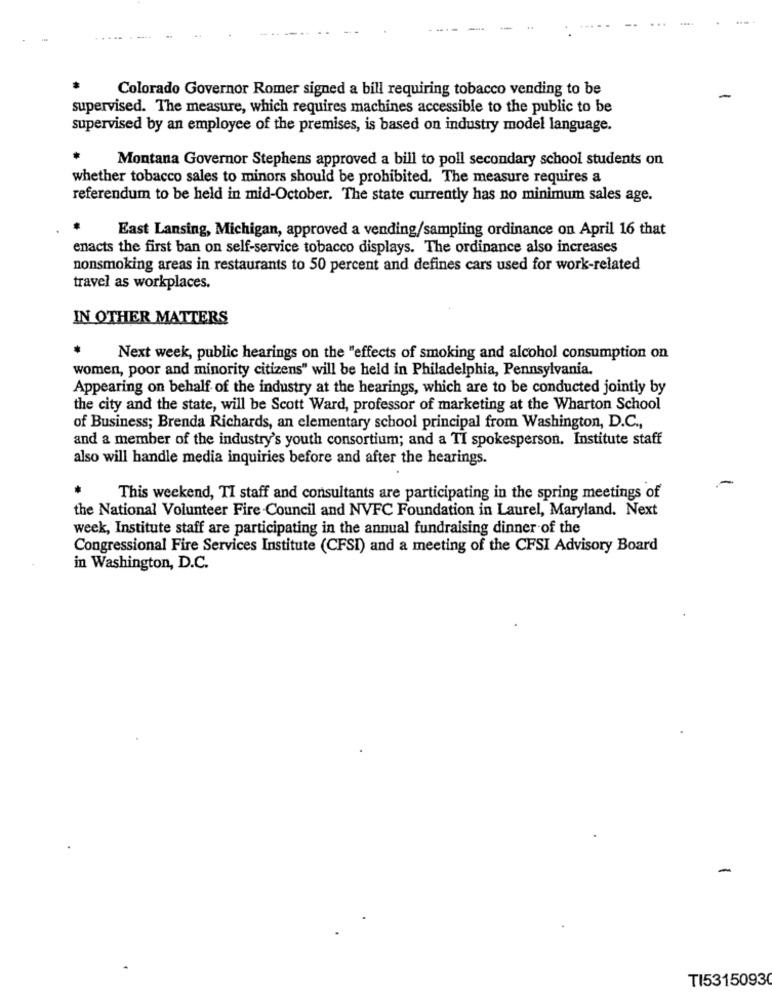
Colorado Governor Romer signed a bill requiring tobacco vending to be
supervised. The measure, which requires machines accessible to the public to be
supervised by an employee of the premises, is based on industry model language.
Montana Governor Stephens approved a bill to poll secondary school students on
whether tobacco sales to minors should be prohibited. The measure requires a
referendum to be held in mid-October. The state currently has no minimum sales age.
East Lansing, Michigan, approved a vending/sampling ordinance on April 16 that
enacts the first ban on self-service tobacco displays. The ordinance also increases
nonsmoking areas in restaurants to 50 percent and defines cars used for work-related
travel as workplaces.
IN OTHER MATTERS
Next week, public hearings on the "effects of smoking and alcohol consumption on
women, poor and minority citizens" will be held in Philadelphia, Pennsylvania.
Appearing on behalf of the industry at the hearings, which are to be conducted jointly by
the city and the state, will be Scott Ward, professor of marketing at the Wharton School
of Business; Brenda Richards, an elementary school principal from Washington, D.C .,
and a member of the industry's youth consortium; and a TI spokesperson. Institute staff
also will handle media inquiries before and after the hearings.
-
This weekend, TI staff and consultants are participating in the spring meetings of
the National Volunteer Fire -Council and NVFC Foundation in Laurel, Maryland. Next
week, Institute staff are participating in the annual fundraising dinner of the
Congressional Fire Services Institute (CFSI) and a meeting of the CFSI Advisory Board
in Washington, D.C.
-
TI53150930